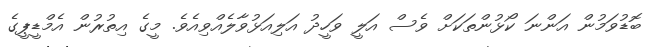
ބޮޑުވަމުން އަންނަ ކޯޅުންތަކަށް ވެސް އަލީ ވަހީދު އަލިއަޅުވާލެއްވިއެވެ. މީގެ އިތުރުން އެމްޑީޕީގެ